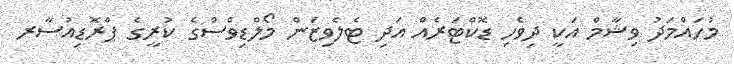
މުހައްމަދު ވިޝާމް އަކީ ދިވެހި ޑޮކްޓަރެއް އަދި ޓެލެވިޒަން މޯލްޑިވްސްގެ ކުރީގެ ޕްރޮޑިއުސާރ